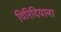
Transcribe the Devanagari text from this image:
विरिदियाना